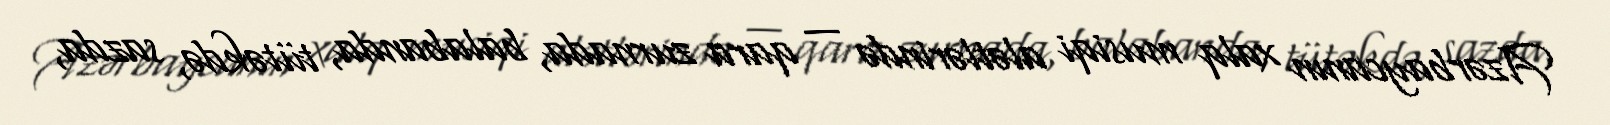
Azərbaycanın xalq musiqi alətlərində — qara zurnada, balabanda, tütəkdə, sazda,